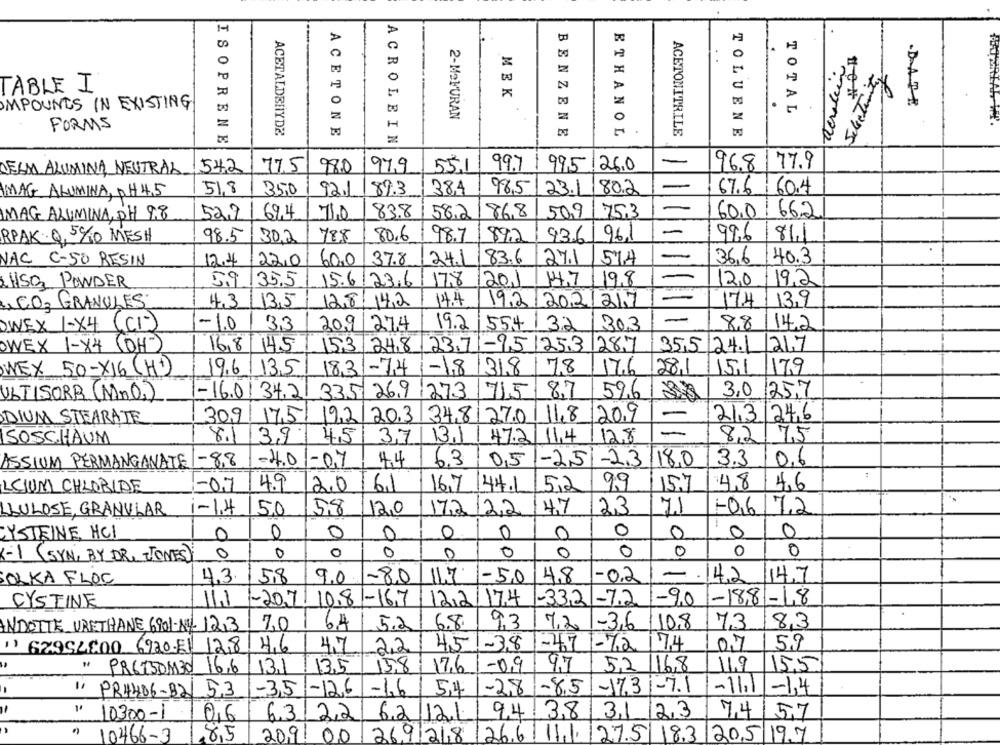
..
TABLE I
MEK
.
DATE
IMPOUNDS IN EXISTING
TOTAL
2-MeMURAN
FORMS
ACETALDEHYDE
ACETONE
BENZENE
ETHANOL
ACETONITRILE
TOLUENE
ISOPRENE
ACROLEIN
-
DEAM ALUMINA NEUTRAL 54,2
77.51
980
97.9
55,1
99.7
99,5 26.0
96.8 77.9
MAG ALUMINA, PH 4.5
51.8
35,0
92.1
89.3
38,4
98,5
23.1
80.2
67.6 60.4
52.71
69.4
710
83.8
158.2
86,8
50,9
75.3
60.0 66.2
MAG ALUMINA, PH 9.8
RPAK 0, 5%0 MESH
98.5
30,2
788
80.6
98.7
892
936
96.1
99.6
811
37.8
83.6
271
514
366
40.3
NAC C-50 RESIN
12.4
22,0
60,0
24.1
5.9
35.5
15.6 23.6
17,8/201
14.7
19.8
12,0
19,2
HSS PONDER
CO3 GRANULES
4.3
13,5
128 142
14.4
19,2/2021217
17.4
13,9
-
OWEX 1-X4 (CI)
-1.0
3,3
209 274
19.2
554/32
303
8,8
14.2
OWEX 1-X4 (OH-)
16,8
14.5
153 248 23.71-9512531287
35,5 24.1
21.7
WEX 50-X16 (H)
196 135
183-74 -18 318
78
17.6
28,1
151
179
-16.01 34,21
335 269 273
715
8.7
59.6
3,0
25,7
ULTISORR (Mn0,)
17.51
20,9
213 246
DIUM STEARATE
309
19,2
20.3
34,8 27.0 11.8
-
SOSCHAUM
8.1
39
4,5
3,7
13.1
47.2 11.4
12.8
8,2
7,5
-8,8
-4,0
-07
6,3
0,5
-2,51-2.3|18.0
3.3
0.6
ASSIUM PERMANGANATE
99
4,8
4,6
LCIUM CHLORIDE
-0.7
4.9
2.0
61
16,7
144.1
5,2
15.7
LLULOSE, GRANULAR
1-1.4
5.0
58
120
172 22
14.7
23
7.1
-0672
CYSTEINE, HCI
0
0
0
0
0
0
0
0
0
0
0
O
0
0
0
0
0
0
-1 ( SYN, BY DR. JONES)
0
0
0
0
.411
SOLKA FLOC
4.3.
158
9.0 -80
-5,0
4,8
-0.2
- 14.2 14.7
CYSTINE
11.1
-20.7/10.8-16.7
12/2/174
-332-72 -90 -18.8-4.8
7,0
64
5.2
6.8.
9,3
7,2
-3,6 10.8
73
8,3
INDOTTE URETHANE,6901-NY 12,3
") 62954800 6920-El 12,8 4,6
4.7
2,2
451-38
1-47
-72 174
0,7
59
PR675DM30 16.6/13.1
13,5
15.8
17.6
-0,9
9.7
5,2 116.8
11.9
15.5
-
-3,5
-126
-1,6
5,4
-28 -8.51-17.31-7.1
-11.1 -1,4
" PR4406-82/ 53
10300-1
6,3
22
6.2 121
9,4
3.8
3123
74 57
0,6
10466-3
8,5
20,91
00
2691218
126.61
11,1 /27.5
18.3 205 19.7